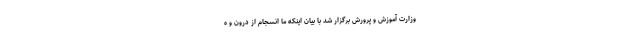
وزارت آموزش و پرورش برگزار شد با بیان اینکه ما انسجام از درون و ه